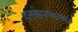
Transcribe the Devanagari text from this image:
हलकेपणाच्या